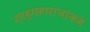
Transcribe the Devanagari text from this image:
शाहुमहाराजांकडे